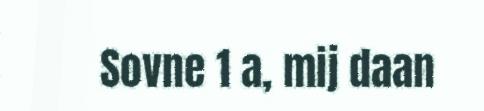
Sovne 1 a, mij daan